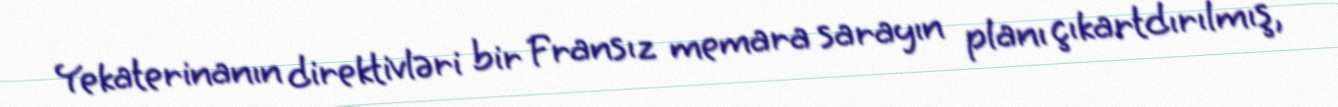
Yekaterinanın direktivləri bir Fransız memara sarayın planı çıkartdırılmış,